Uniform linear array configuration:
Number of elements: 64
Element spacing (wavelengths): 0.75
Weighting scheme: cosine
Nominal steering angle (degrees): -15
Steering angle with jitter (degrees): -15.753
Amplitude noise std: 0.05
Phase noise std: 0.05

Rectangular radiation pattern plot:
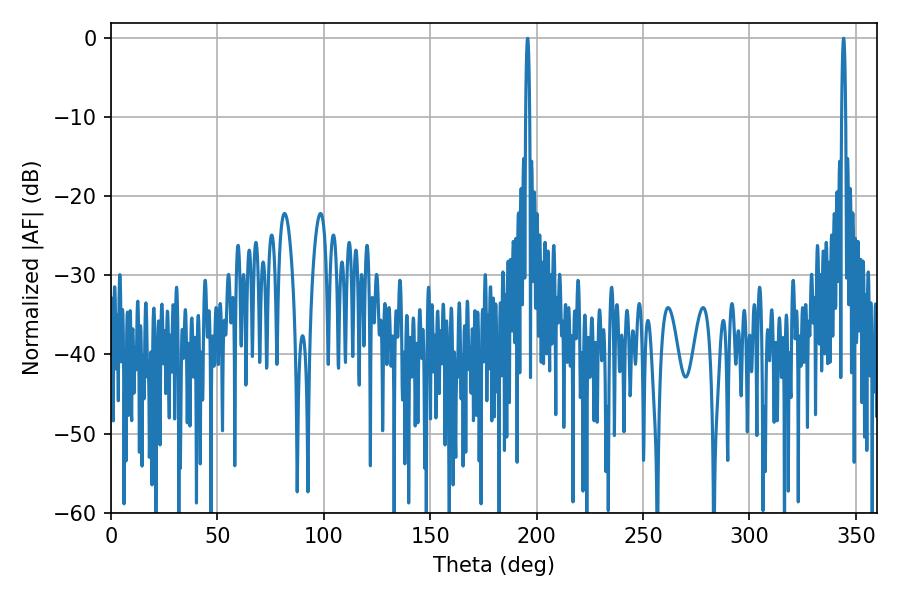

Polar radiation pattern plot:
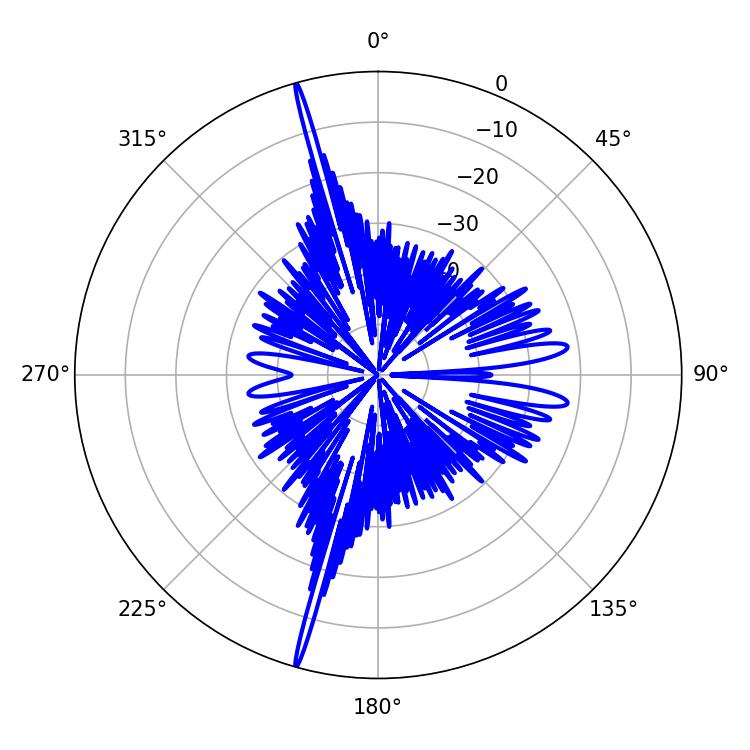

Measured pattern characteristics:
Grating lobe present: TRUE
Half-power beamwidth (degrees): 0.9
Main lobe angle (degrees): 344.16